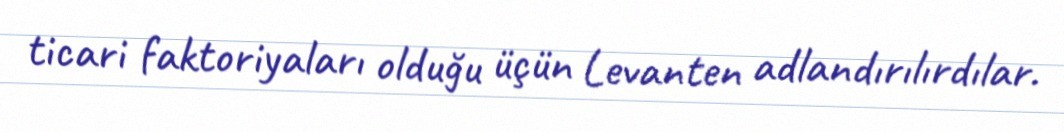
ticari faktoriyaları olduğu üçün Levanten adlandırılırdılar.